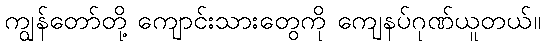
ကျွန်တော်တို့ ကျောင်းသားတွေကို ကျေနပ်ဂုဏ်ယူတယ်။